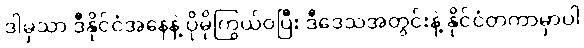
ဒါမှသာ ဒီနိုင်ငံအနေနဲ့ ပိုမိုကြွယ်ဝပြီး ဒီဒေသအတွင်းနဲ့ နိုင်ငံတကာမှာပါ